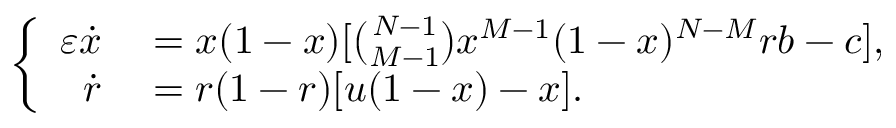
\left\{ \begin{array} { r l } { \varepsilon \dot { x } } & { { } = x ( 1 - x ) [ \binom { N - 1 } { M - 1 } x ^ { M - 1 } ( 1 - x ) ^ { N - M } r b - c ] , } \\ { \dot { r } } & { { } = r ( 1 - r ) [ u ( 1 - x ) - x ] . } \end{array} \right.